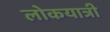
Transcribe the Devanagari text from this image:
लोकयात्री